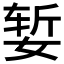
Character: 𰌆